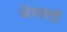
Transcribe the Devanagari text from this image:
थैरवादी